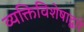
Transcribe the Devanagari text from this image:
व्यक्तिविशेषाद्वारे